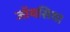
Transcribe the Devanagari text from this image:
जॉयसिया